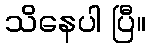
သိနေပါ ပြီ။